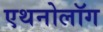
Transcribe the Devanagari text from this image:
एथनोलॉग